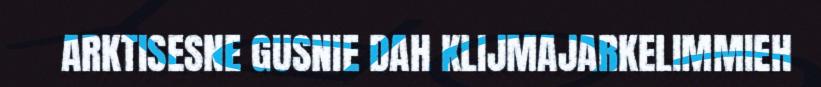
ARKTISESNE GUSNIE DAH KLIJMAJARKELIMMIEH